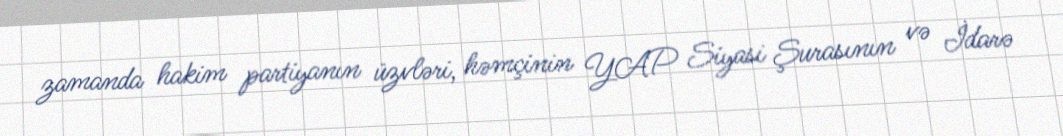
zamanda hakim partiyanın üzvləri, həmçinin YAP Siyasi Şurasının və İdarə